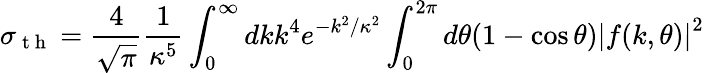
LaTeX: \sigma_{\mathrm{~t~h~}}=\frac{4}{\sqrt{\pi}}\frac{1}{\kappa^{5}}\int_{0}^{\infty}dkk^{4}e^{-k^{2}/\kappa^{2}}\int_{0}^{2\pi}d\theta(1-\cos\theta)\left|f(k,\theta)\right|^{2}